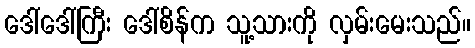
ဒေါ်ဒေါ်ကြီး ဒေါ်စိန်က သူ့သားကို လှမ်းမေးသည်။